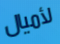
لأميال